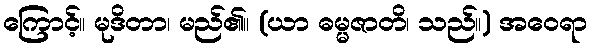
ကြောင့်။ မုဒိတာ၊ မည်၏။ (ယာ ဓမ္မဇာတိ၊ သည်။) အဝေရာ